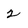
Character: 2